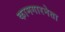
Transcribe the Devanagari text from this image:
कामगारनेता